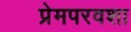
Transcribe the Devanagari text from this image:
प्रेमपरवशा